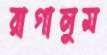
রাগালুম